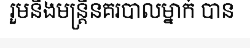
រួមនឹងមន្ត្រីនគរបាលម្នាក់ បាន